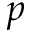
p